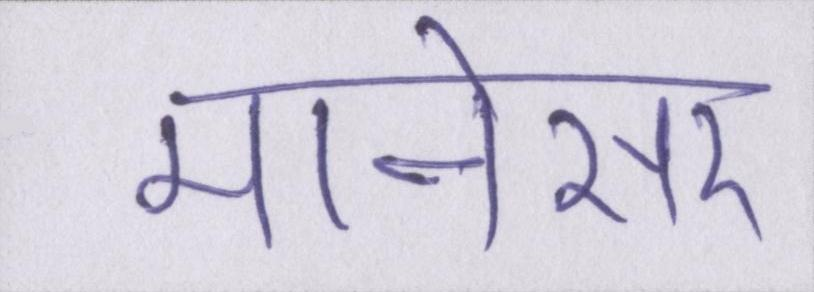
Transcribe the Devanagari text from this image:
मानेसर